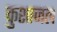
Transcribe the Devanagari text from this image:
कुशाजल